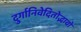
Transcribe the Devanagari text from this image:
दुर्गानिवेदितोद्भावो